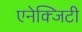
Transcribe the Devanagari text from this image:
एनेक्जिटी